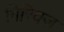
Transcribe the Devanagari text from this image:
गिरिवज्र